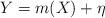
LaTeX: \begin{align*} Y = m(X) + \eta\end{align*}